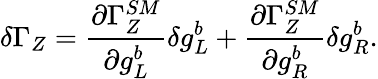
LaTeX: \delta\Gamma_{Z}={\frac{\partial\Gamma_{Z}^{SM}}{\partial g_{L}^{b}}}\delta g_{L}^{b}+{\frac{\partial\Gamma_{Z}^{SM}}{\partial g_{R}^{b}}}\delta g_{R}^{b}.